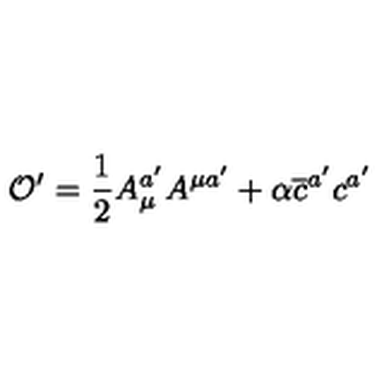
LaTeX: \mathcal { O } ^ { \prime } = \frac { 1 } { 2 } A _ { \mu } ^ { a ^ { \prime } } A ^ { \mu a ^ { \prime } } + \alpha \overline { { c } } ^ { a ^ { \prime } } c ^ { a ^ { \prime } }